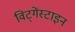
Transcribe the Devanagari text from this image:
विट्गेंस्टाइन